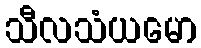
သီလသံယမော